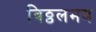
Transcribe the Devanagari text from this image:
विठ्ठलमय